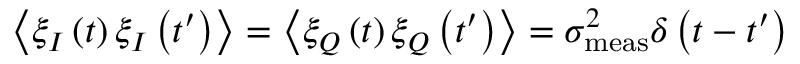
\left\langle \xi _ { I } \left( t \right) \xi _ { I } \left( t ^ { \prime } \right) \right\rangle = \left\langle \xi _ { Q } \left( t \right) \xi _ { Q } \left( t ^ { \prime } \right) \right\rangle = \sigma _ { \mathrm { m e a s } } ^ { 2 } \delta \left( t - t ^ { \prime } \right)